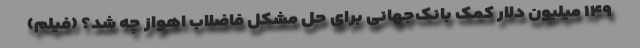
۱۴۹ میلیون دلار کمک بانک‌جهانی برای حل مشکل فاضلاب اهواز چه شد؟ (فیلم)